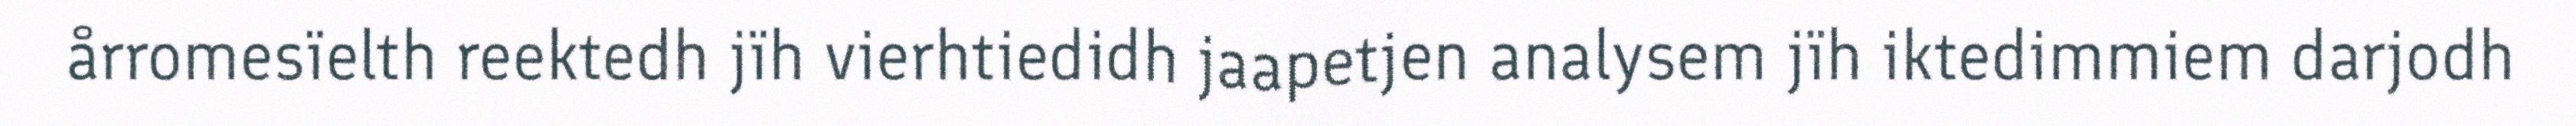
årromesïelth reektedh jïh vierhtiedidh jaapetjen analysem jïh iktedimmiem darjodh